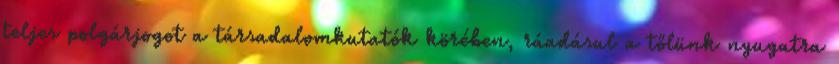
teljes polgárjogot a társadalomkutatók körében, ráadásul a tőlünk nyugatra